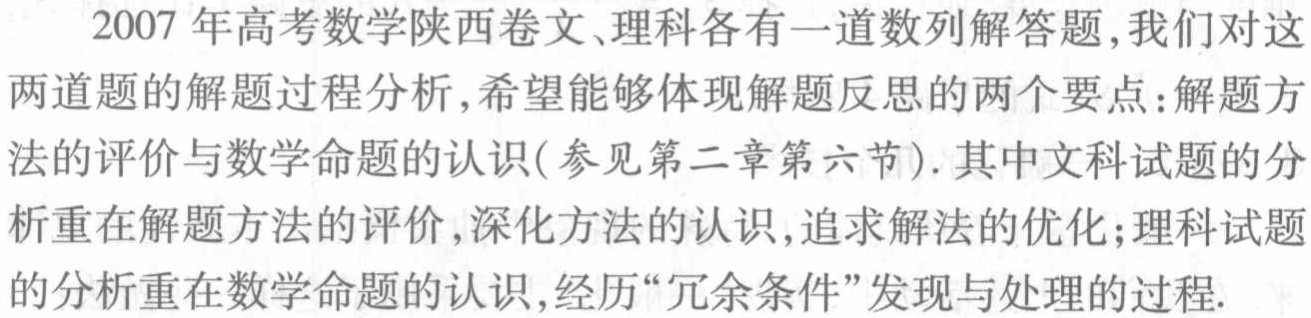
2007 年高考数学陕西卷文、理科各有一道数列解答题,我们对这
两道题的解题过程分析,希望能够体现解题反思的两个要点:解题方
法的评价与数学命题的认识(参见第二章第六节).其中文科试题的分
析重在解题方法的评价,深化方法的认识,追求解法的优化;理科试题
的分析重在数学命题的认识,经历“冗余条件”发现与处理的过程.